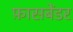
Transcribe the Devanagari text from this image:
फ़ासबेंडर